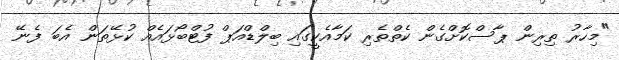
"މިހާރު ތިރިން ޕާސްކޮށްގެން ކެތްތެރި ކަމާއެކީގައި ބިލްޑްއަޕް ފުޓްބޯޅައެއް ކުޅޭތަން އެބަ ފެނޭ